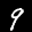
Label: 9